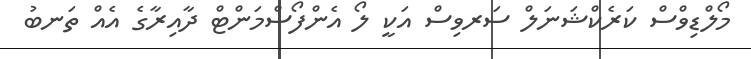
މޯލްޑިވްސް ކަރެކްޝަނަލް ސަރވިސް އަކީ ލޯ އެންފޯސްމަންޓް ދާއިރާގެ އެއް ތަނބު